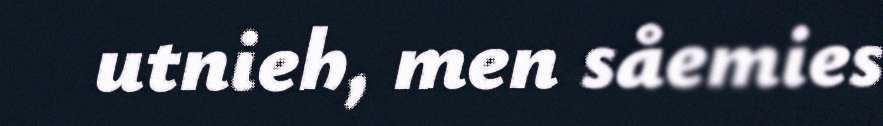
utnieh, men såemies